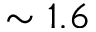
\sim 1 . 6